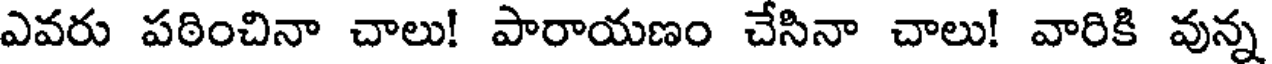
ఎవరు పఠించినా చాలు! పారాయణం చేసినా చాలు! వారికి వున్న